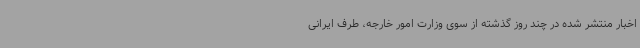
اخبار منتشر شده در چند روز گذشته از سوی وزارت امور خارجه، طرف ایرانی